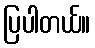
ပြပါတယ်။